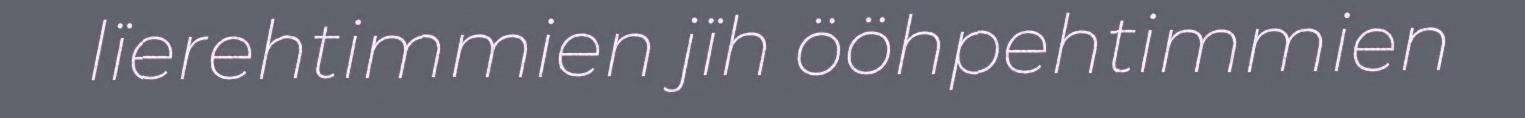
lïerehtimmien jïh ööhpehtimmien